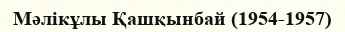
Мәлікұлы Қашқынбай (1954-1957)